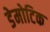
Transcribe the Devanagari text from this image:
डेमोटिक